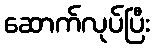
ဆောက်လုပ်ပြီး